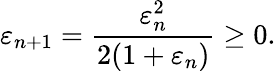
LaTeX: \varepsilon_{n+1}={\frac{\varepsilon_{n}^{2}}{2(1+\varepsilon_{n})}}\geq 0.